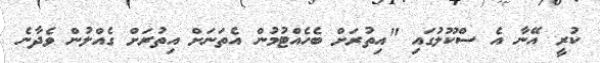
ކުރީ އޭނާ އެ ސްކޫލުގައި "އިތުރަށް ބެހެއްޓުމުން އެތަނަށް އިތުރަށް ގެއްލުން ވެދާނެ